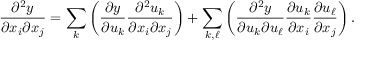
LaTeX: { \frac { \partial ^ { 2 } y } { \partial x _ { i } \partial x _ { j } } } = \sum _ { k } \left( { \frac { \partial y } { \partial u _ { k } } } { \frac { \partial ^ { 2 } u _ { k } } { \partial x _ { i } \partial x _ { j } } } \right) + \sum _ { k , \ell } \left( { \frac { \partial ^ { 2 } y } { \partial u _ { k } \partial u _ { \ell } } } { \frac { \partial u _ { k } } { \partial x _ { i } } } { \frac { \partial u _ { \ell } } { \partial x _ { j } } } \right) .